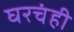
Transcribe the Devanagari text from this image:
घरचंही